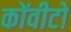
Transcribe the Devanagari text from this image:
कोंवीटो